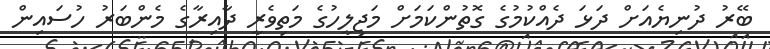
ބޭރު ދުނިޔެއަށް ދަޅަ ދެއްކުމުގެ ގޮތުންކަމަށް މަޖިލީހުގެ މަތިވެރީ ދާއިރާގެ މެންބަރު ހުސައިން